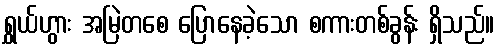
ရွှယ်ဟွား အမြဲတစေ ပြောနေခဲ့သော စကားတစ်ခွန်း ရှိသည်။